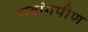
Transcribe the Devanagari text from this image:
सर्वांगपीण